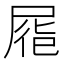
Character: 𡲏